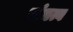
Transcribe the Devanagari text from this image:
संघत्व